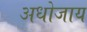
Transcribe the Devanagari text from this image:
अधोजाय